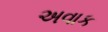
અવાક